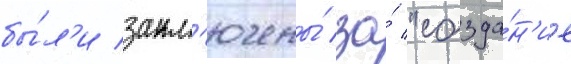
бы́л'и закл'ючены́ за́ "созда́н'ие